Annual report of the Punjab Veterinary College and of the Civil Veterinary Department, Punjab - 1920-1925
Year: 1920
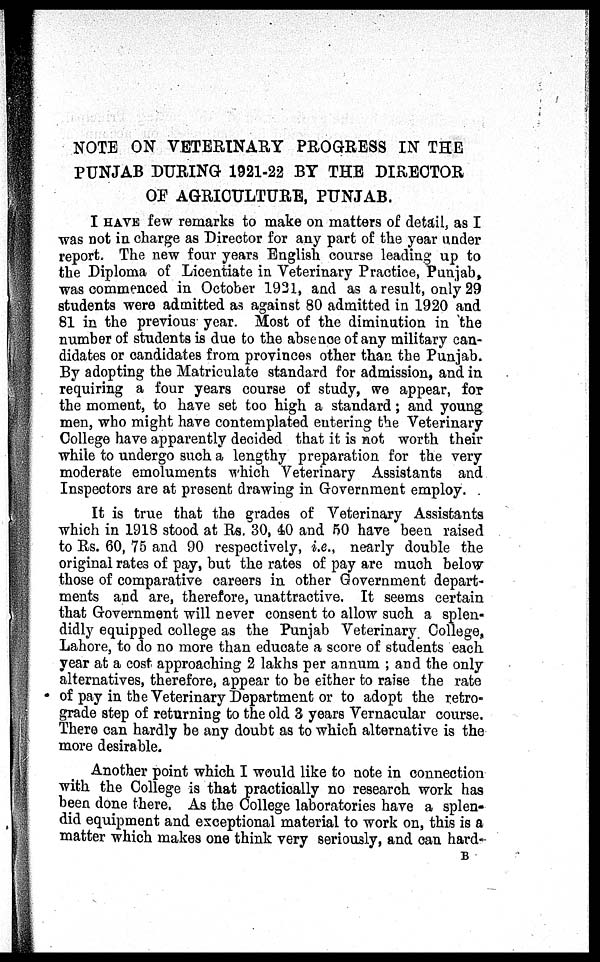
NOTE ON VETERINARY PROGRESS IN THE
PUNJAB DURING 1921-22 BY THE DIRECTOR
OF AGRICULTURE, PUNJAB.
I HAVE few remarks to make on matters of detail, as I
was not in charge as Director for any part of the year under
report. The new four years English course leading up to
the Diploma of Licentiate in Veterinary Practice, Punjab,
was commenced in October 1921, and as a result, only 29
students were admitted as against 80 admitted in 1920 and
81 in the previous year. Most of the diminution in the
number of students is due to the absence of any military can-
didates or candidates from provinces other than the Punjab.
By adopting the Matriculate standard for admission, and in
requiring a four years course of study, we appear, for
the moment, to have set too high a standard; and young
men, who might have contemplated entering the Veterinary
College have apparently decided that it is not worth their
while to undergo such a lengthy preparation for the very
moderate emoluments which Veterinary Assistants and
Inspectors are at present drawing in Government employ.
It is true that the grades of Veterinary Assistants
which in 1918 stood at Rs. 30, 40 and 50 have been raised
to Rs. 60, 75 and 90 respectively, i.e., nearly double the
original rates of pay, but the rates of pay are much below
those of comparative careers in other Government depart-
ments and are, therefore, unattractive. It seems certain
that Government will never consent to allow such a splen-
didly equipped college as the Punjab Veterinary. College,
Lahore, to do no more than educate a score of students each
year at a cost approaching 2 lakhs per annum; and the only
alternatives, therefore, appear to be either to raise the rate
of pay in the Veterinary Department or to adopt the retro-
grade step of returning to the old 3 years Vernacular course.
There can hardly be any doubt as to which alternative is the
more desirable.
Another point which I would like to note in connection
with the College is that practically no research work has
been done there. As the College laboratories have a splen-
did equipment and exceptional material to work on, this is a
matter which makes one think very seriously, and can hard-
B